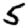
Digit: 5